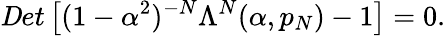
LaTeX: {\mathit Det}\left[(1-\alpha^{2})^{-N}\Lambda^{N}(\alpha,p_{N})-1\right]=0.